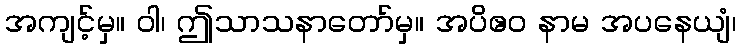
အကျင့်မှ။ ဝါ၊ ဤသာသနာတော်မှ။ အပိဧဝ နာမ အပနေယျံ၊